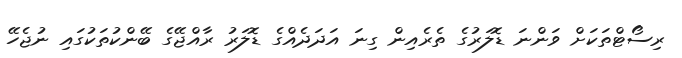
ރިސޯޓްތަކަށް ވަންނަ ޑޮލަރުގެ ތެރެއިން ގިނަ އަދަދެއްގެ ޑޮލަރު ރާއްޖޭގެ ބޭންކުތަކުގައި ނުޖެހޭ